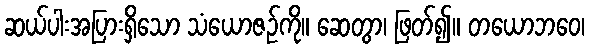
ဆယ်ပါးအပြားရှိသော သံယောဇဉ်ကို။ ဆေတွာ၊ ဖြတ်၍။ တယောဘဝေ၊